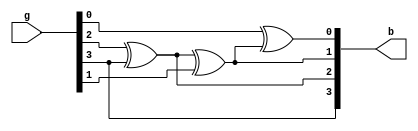


module graytobinary(input [3:0]g, output reg[3:0]b
    );
always @ (g)
begin
b[3]=g[3];
b[2]=g[2]^b[3];
b[1]=b[2]^g[1];
b[0]=g[0]^b[1];
end

endmodule